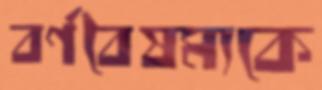
বর্ণবৈষম্যকে